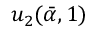
u _ { 2 } ( \bar { \alpha } , 1 )